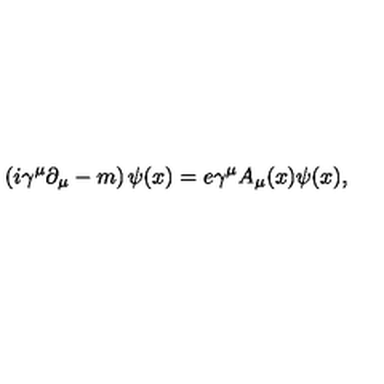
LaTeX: \left( i \gamma ^ { \mu } \partial _ { \mu } - m \right) \psi ( x ) = e \gamma ^ { \mu } A _ { \mu } ( x ) \psi ( x ) ,